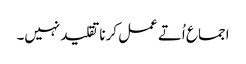
اجما ع اُتے عمل کرنا تقلید نہیں۔